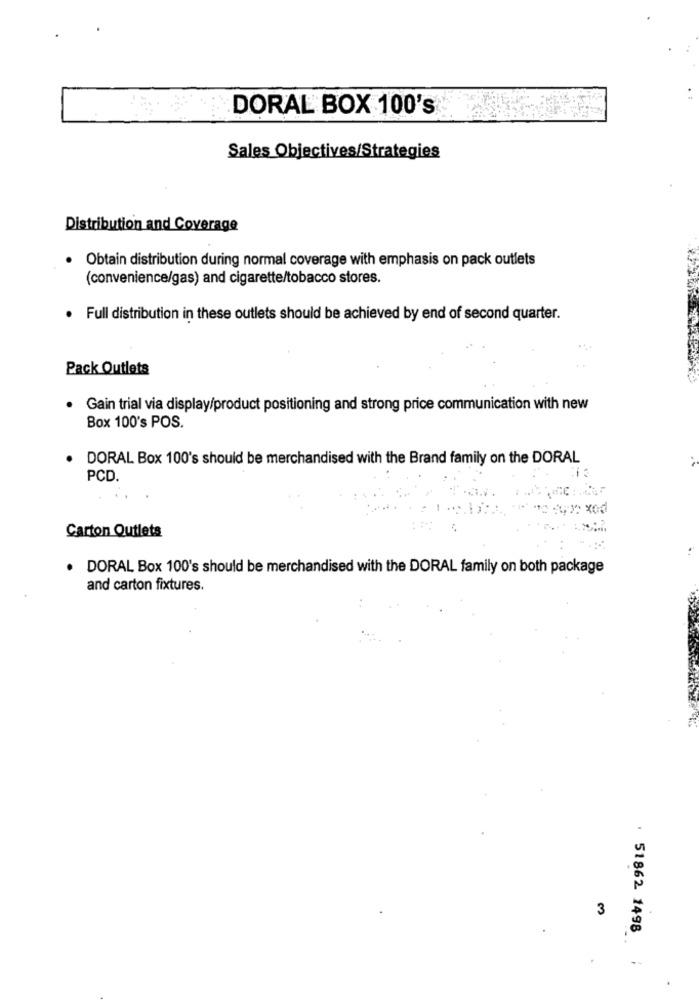
DORAL BOX 100's
Sales Objectives/Strategies
Distribution and Coverage
· Obtain distribution during normal coverage with emphasis on pack outlets
(convenience/gas) and cigarette/tobacco stores.
Full distribution in these outlets should be achieved by end of second quarter.
Pack Outlets
Gain trial via display/product positioning and strong price communication with new
Box 100's POS.
DORAL Box 100's should be merchandised with the Brand family on the DORAL
PCD.
.
Carton Outlets
...
. DORAL Box 100's should be merchandised with the DORAL family on both package
and carton fixtures.
3
. 51862 1498